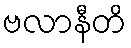
ဗလာနီတိ